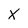
Character: X